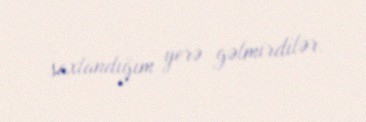
saxlandığım yerə gəlmirdilər.